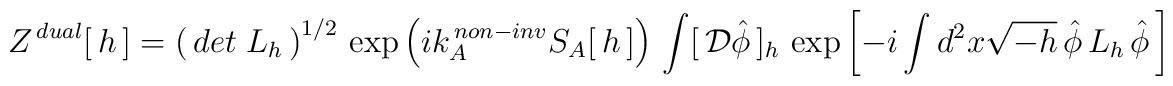
Z^{\, dual}[\,h\,]=\left(\, det\; L_h\, \right)^{1/2}\,	\exp \left(ik_A^{\, non-inv}S _A[\,h\,]\right)\, 	\int[\,{\cal D}\hat\phi\,]_h\,	\exp\left[ -i\int d^2x \sqrt{-h}\,\hat\phi\, L_h\,	\hat\phi\,\right]